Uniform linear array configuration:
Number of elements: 12
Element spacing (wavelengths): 0.75
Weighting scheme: uniform
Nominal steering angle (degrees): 60
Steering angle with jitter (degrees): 61.621
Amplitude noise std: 0.05
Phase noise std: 0.05

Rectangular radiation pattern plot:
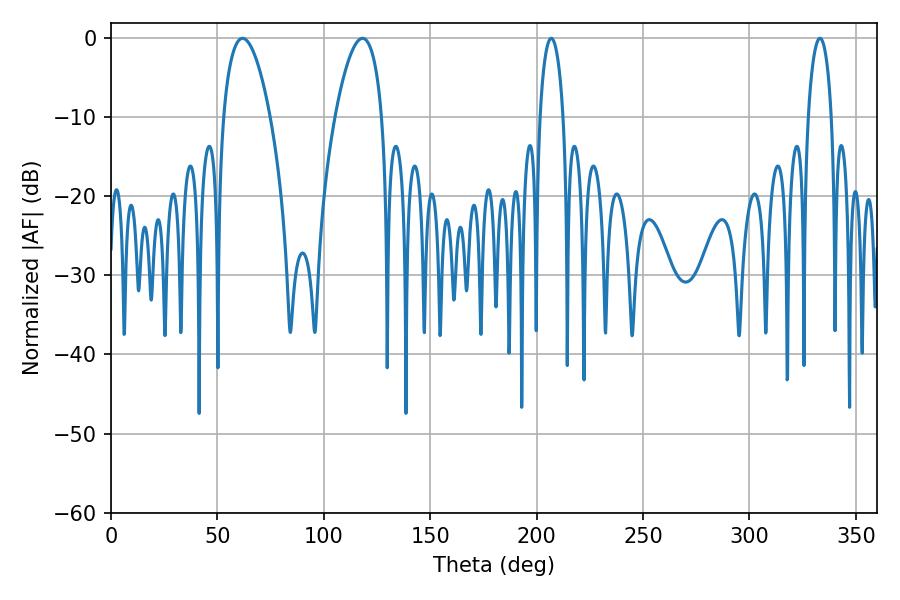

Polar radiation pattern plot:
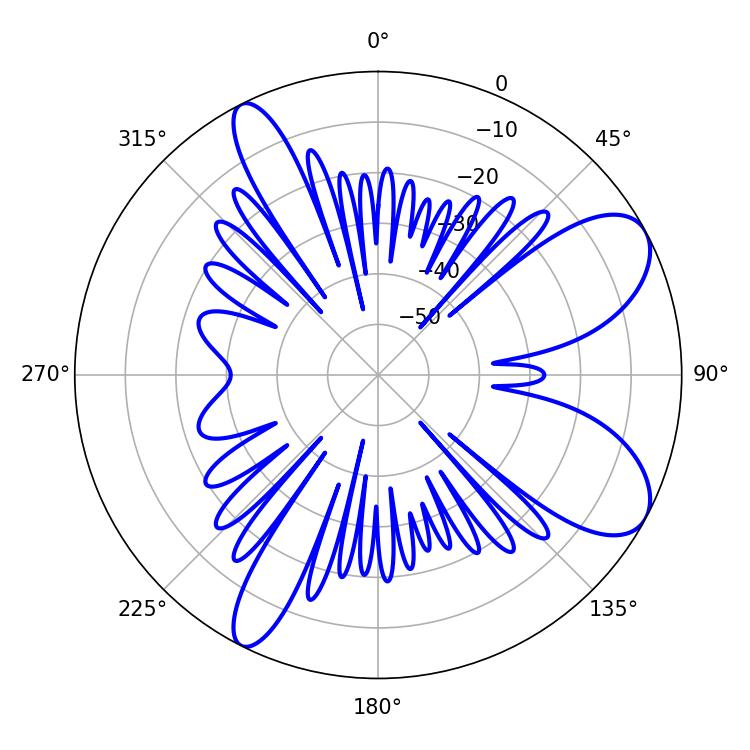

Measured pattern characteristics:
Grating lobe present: TRUE
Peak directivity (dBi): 8.319
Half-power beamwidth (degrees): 12.24
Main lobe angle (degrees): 61.74